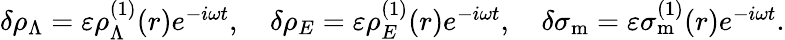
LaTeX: \begin{array}{r}{\delta\rho_{\Lambda}=\varepsilon\rho_{\Lambda}^{(1)}(r)e^{-i\omega t},\quad\delta\rho_{E}=\varepsilon\rho_{E}^{(1)}(r)e^{-i\omega t},\quad\delta\sigma_{\mathrm{m}}=\varepsilon\sigma_{\mathrm{m}}^{(1)}(r)e^{-i\omega t}.}\end{array}